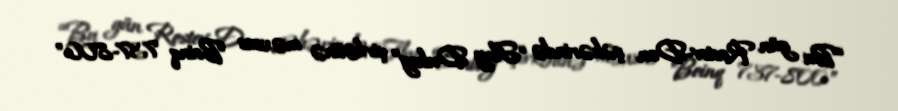
“Bu gün Rostov-Don şəhərində “Flay Dubay” şirkətinə məxsus "Boinq 737-800"